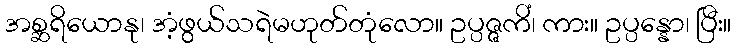
အစ္ဆရိယောနု၊ အံ့ဖွယ်သရဲမဟုတ်တုံလော။ ဥပ္ပဇ္ဇကိံ၊ ကား။ ဥပ္ပန္နော၊ ပြီး။